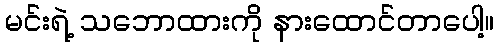
မင်းရဲ့ သဘောထားကို နားထောင်တာပေါ့။